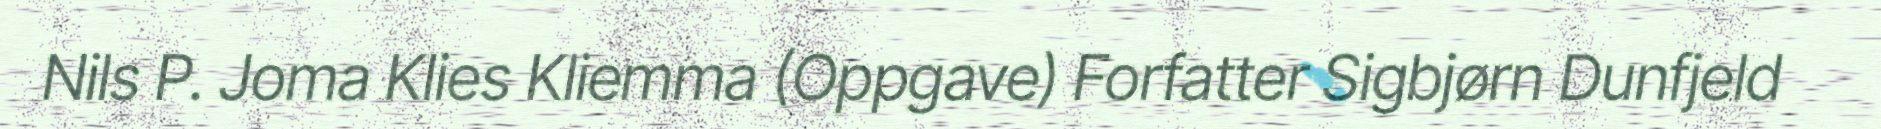
Nils P. Joma Klies Kliemma (Oppgave) Forfatter Sigbjørn Dunfjeld